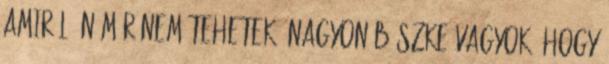
amiről én már nem tehetek. Nagyon büszke vagyok, hogy